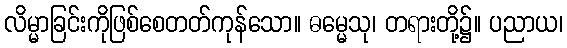
လိမ္မာခြင်းကိုဖြစ်စေတတ်ကုန်သော။ ဓမ္မေသု၊ တရားတို့၌။ ပညာယ၊